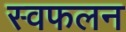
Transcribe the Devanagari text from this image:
स्वफलन